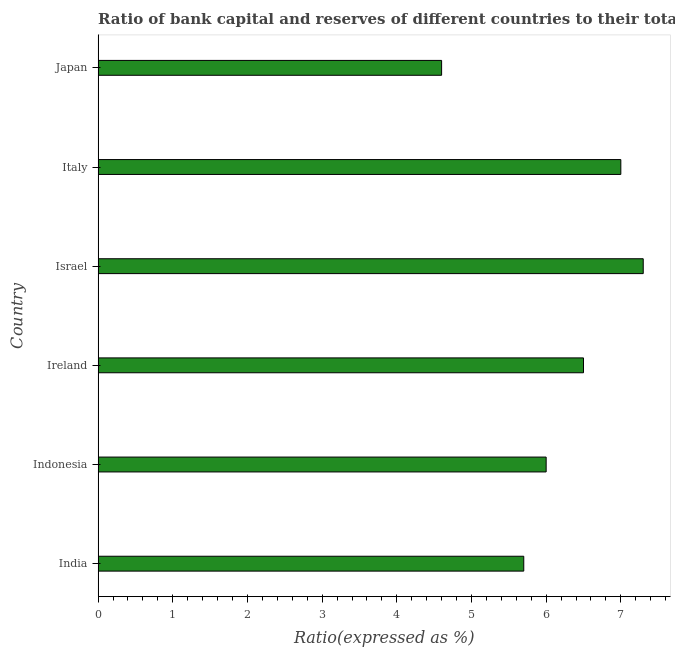
| Country | Bank capital to assets ratio |
 | --- | --- |
 | India | 5.7 |
 | Indonesia | 6 |
 | Ireland | 6.5 |
 | Israel | 7.3 |
 | Italy | 7 |
 | Japan | 4.6 |